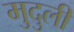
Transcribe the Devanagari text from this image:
मुदुली